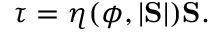
\boldsymbol { \tau } = \eta ( \phi , | \mathrm { \bf S } | ) \mathrm { \bf S } .